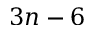
3 n - 6